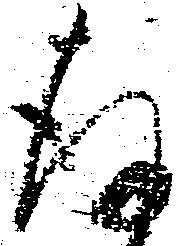
存